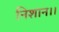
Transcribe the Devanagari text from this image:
निशान।।